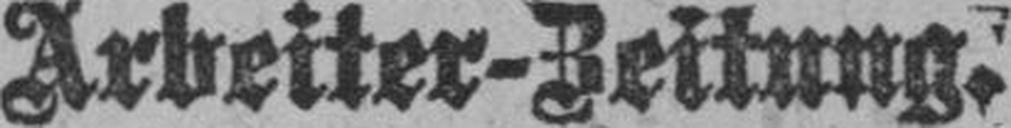
Arbeiter-Zeitung.